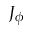
J _ { \phi }